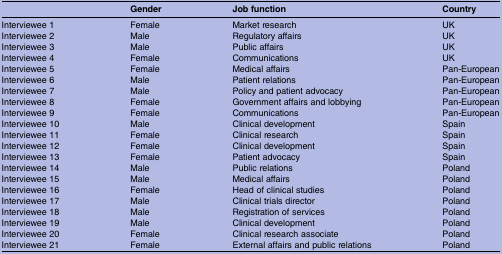
<table><thead><tr><td></td><td><b>Gender</b></td><td><b>Job function</b></td><td><b>Country</b></td></tr></thead><tbody><tr><td>Interviewee 1</td><td>Female</td><td>Market research</td><td>UK</td></tr><tr><td>Interviewee 2</td><td>Male</td><td>Regulatory affairs</td><td>UK</td></tr><tr><td>Interviewee 3</td><td>Male</td><td>Public affairs</td><td>UK</td></tr><tr><td>Interviewee 4</td><td>Female</td><td>Communications</td><td>UK</td></tr><tr><td>Interviewee 5</td><td>Female</td><td>Medical affairs</td><td>Pan-European</td></tr><tr><td>Interviewee 6</td><td>Male</td><td>Patient relations</td><td>Pan-European</td></tr><tr><td>Interviewee 7</td><td>Male</td><td>Policy and patient advocacy</td><td>Pan-European</td></tr><tr><td>Interviewee 8</td><td>Female</td><td>Government affairs and lobbying</td><td>Pan-European</td></tr><tr><td>Interviewee 9</td><td>Female</td><td>Communications</td><td>Pan-European</td></tr><tr><td>Interviewee 10</td><td>Male</td><td>Clinical development</td><td>Spain</td></tr><tr><td>Interviewee 11</td><td>Female</td><td>Clinical research</td><td>Spain</td></tr><tr><td>Interviewee 12</td><td>Female</td><td>Clinical development</td><td>Spain</td></tr><tr><td>Interviewee 13</td><td>Female</td><td>Patient advocacy</td><td>Spain</td></tr><tr><td>Interviewee 14</td><td>Male</td><td>Public relations</td><td>Poland</td></tr><tr><td>Interviewee 15</td><td>Male</td><td>Medical affairs</td><td>Poland</td></tr><tr><td>Interviewee 16</td><td>Female</td><td>Head of clinical studies</td><td>Poland</td></tr><tr><td>Interviewee 17</td><td>Male</td><td>Clinical trials director</td><td>Poland</td></tr><tr><td>Interviewee 18</td><td>Male</td><td>Registration of services</td><td>Poland</td></tr><tr><td>Interviewee 19</td><td>Male</td><td>Clinical development</td><td>Poland</td></tr><tr><td>Interviewee 20</td><td>Female</td><td>Clinical research associate</td><td>Poland</td></tr><tr><td>Interviewee 21</td><td>Female</td><td>External affairs and public relations</td><td>Poland</td></tr></tbody></table>